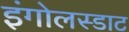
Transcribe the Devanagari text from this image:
इंगोलस्डाट